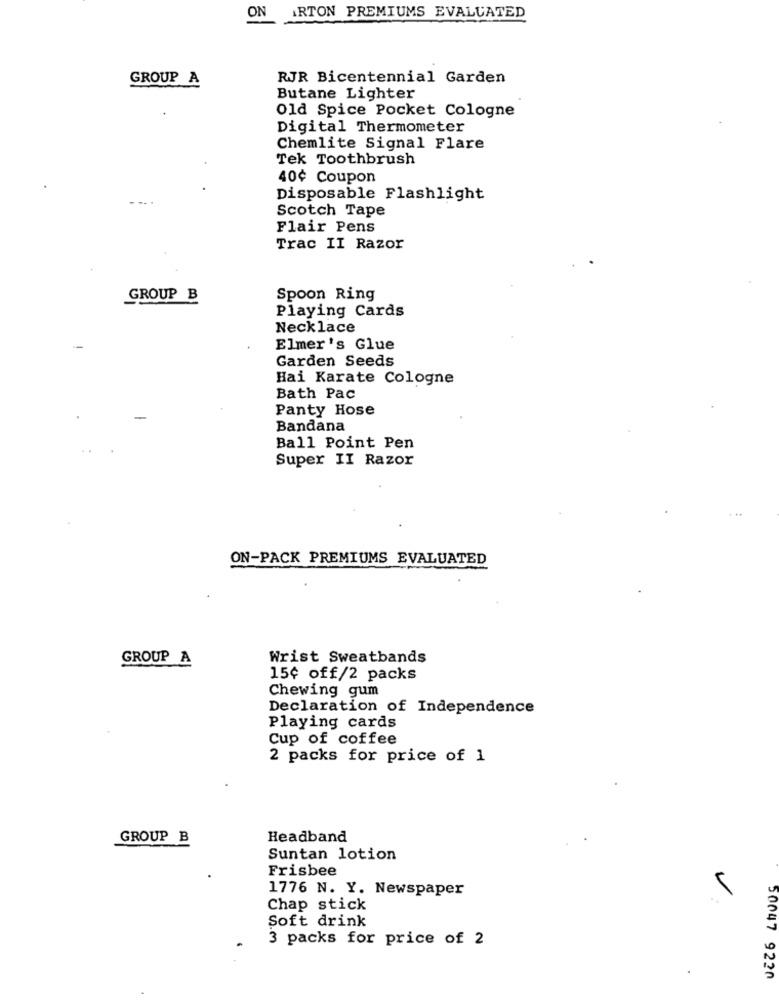
ON
ARTON PREMIUMS EVALUATED
GROUP A
RJR Bicentennial Garden
Butane Lighter
Old Spice Pocket Cologne
Digital Thermometer
Chemlite Signal Flare
Tek Toothbrush
40¢ Coupon
Disposable Flashlight
Scotch Tape
Flair Pens
Trac II Razor
GROUP B
Spoon Ring
Playing Cards
Necklace
Elmer's Glue
Garden Seeds
Hai Karate Cologne
Bath Pac
Panty Hose
Bandana
Ball Point Pen
Super II Razor
ON-PACK PREMIUMS EVALUATED
GROUP A
Wrist Sweatbands
15¢ off/2 packs
Chewing gum
Declaration of Independence
Playing cards
Cup of coffee
2 packs for price of 1
GROUP B
Headband
Suntan lotion
Frisbee
1776 N. Y. Newspaper
Chap stick
Soft drink
3 packs for price of 2
50047 9220